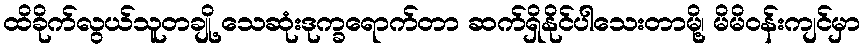
ထိခိုက်လွယ်သူတချို့ သေဆုံးဒုက္ခရောက်တာ ဆက်ရှိနိုင်ပါသေးတာမို့၊ မိမိဝန်းကျင်မှာ